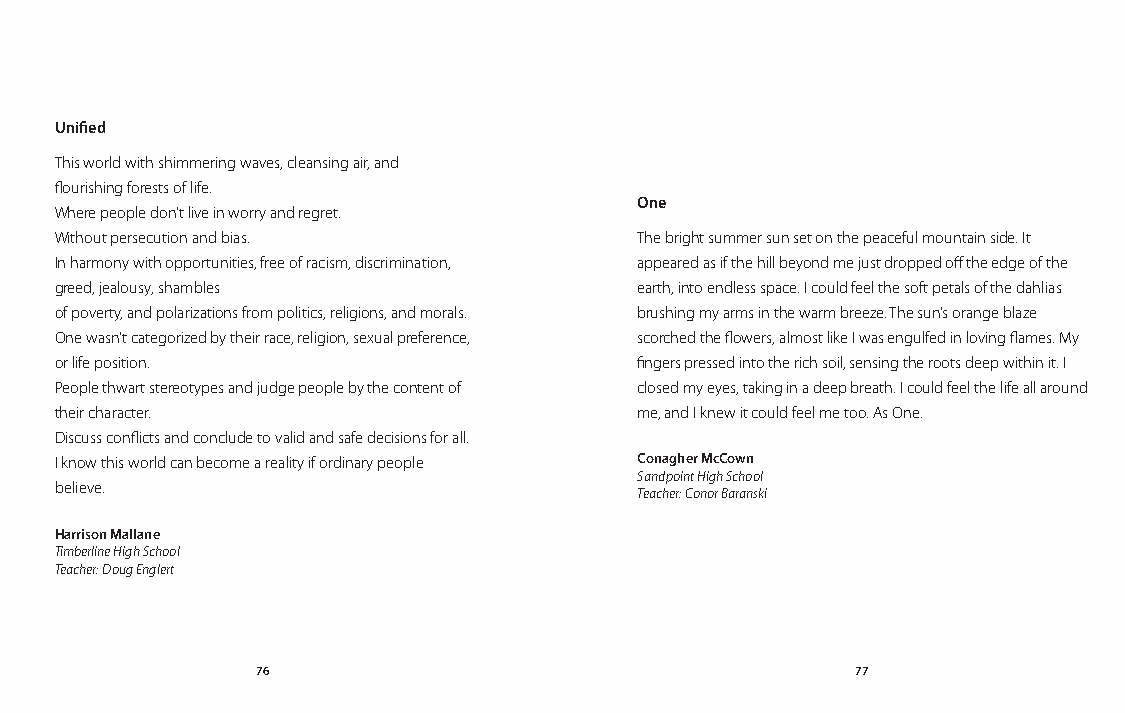
Unified
 This world with shimmering waves, cleansing air, and
 flourishing forests of life.
 One
 Where people don’t live in worry and regret.
 Without persecution and bias.         The bright summer sun set on the peaceful mountain side. It
 In harmony with opportunities, free of racism, discrimination, appeared as if the hill beyond me just dropped off the edge of the
 greed, jealousy, shambles             earth, into endless space. I could feel the soft petals of the dahlias
 of poverty, and polarizations from politics, religions, and morals. brushing my arms in the warm breeze. The sun’s orange blaze
 One wasn’t categorized by their race, religion, sexual preference, scorched the flowers, almost like I was engulfed in loving flames. My
 or life position.                     fingers pressed into the rich soil, sensing the roots deep within it. I
 People thwart stereotypes and judge people by the content of closed my eyes, taking in a deep breath. I could feel the life all around
 their character.                      me, and I knew it could feel me too. As One.
 Discuss conflicts and conclude to valid and safe decisions for all.
 I know this world can become a reality if ordinary people Conagher McCown
 Sandpoint High School
 believe.
 Teacher: Conor Baranski
 Harrison Mallane
 Timberline High School
 Teacher: Doug Englert
 76                                      77